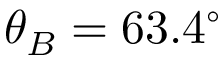
\theta _ { B } = 6 3 . 4 ^ { \circ }